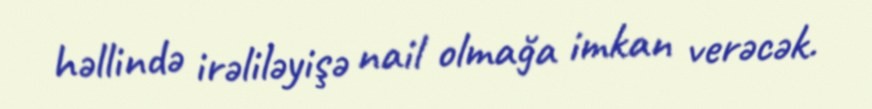
həllində irəliləyişə nail olmağa imkan verəcək.